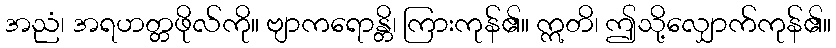
အညံ၊ အရဟတ္တဖိုလ်ကို။ ဗျာကရောန္တိ၊ ကြားကုန်၏။ ဣတိ၊ ဤသို့လျှောက်ကုန်၏။